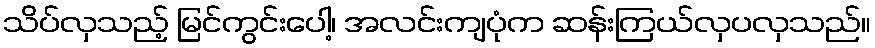
သိပ်လှသည့် မြင်ကွင်းပေါ့၊ အလင်းကျပုံက ဆန်းကြယ်လှပလှသည်။